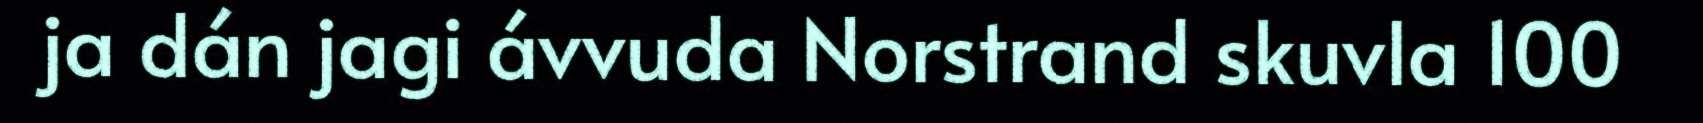
ja dán jagi ávvuda Norstrand skuvla 100